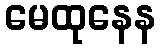
မေထုနေန